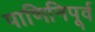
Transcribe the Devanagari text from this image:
पाणिनिपूर्व